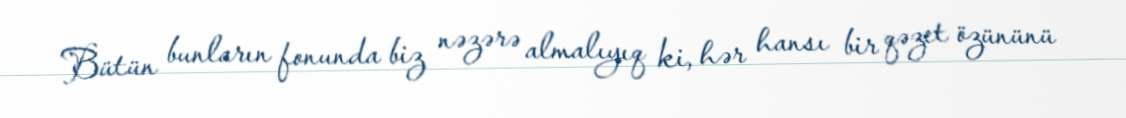
Bütün bunların fonunda biz nəzərə almalıyıq ki, hər hansı bir qəzet özününü